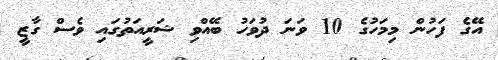
އޭގެ ފަހުން މިމަހުގެ 10 ވަނަ ދުވަހު ބޭއްވި ޝަރީއަތުގައި ވެސް ގާޒީ